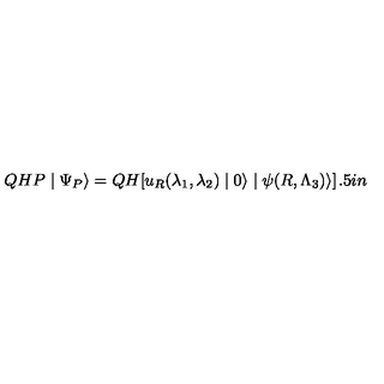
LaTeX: Q H P \mid \Psi _ { P } \rangle = Q H [ u _ { R } ( \lambda _ { 1 } , \lambda _ { 2 } ) \mid 0 \rangle \mid \psi ( R , \Lambda _ { 3 } ) \rangle ] \hspace { 1 . 5 i n }